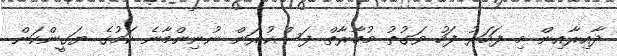
ދާއިރާއިން މި ފަހަރު ފަހު ވަގުތު މުބާރާތް ފަސްކުރަން ނުނިންމާނެ ކަމުގެ ޔަގީންކަން